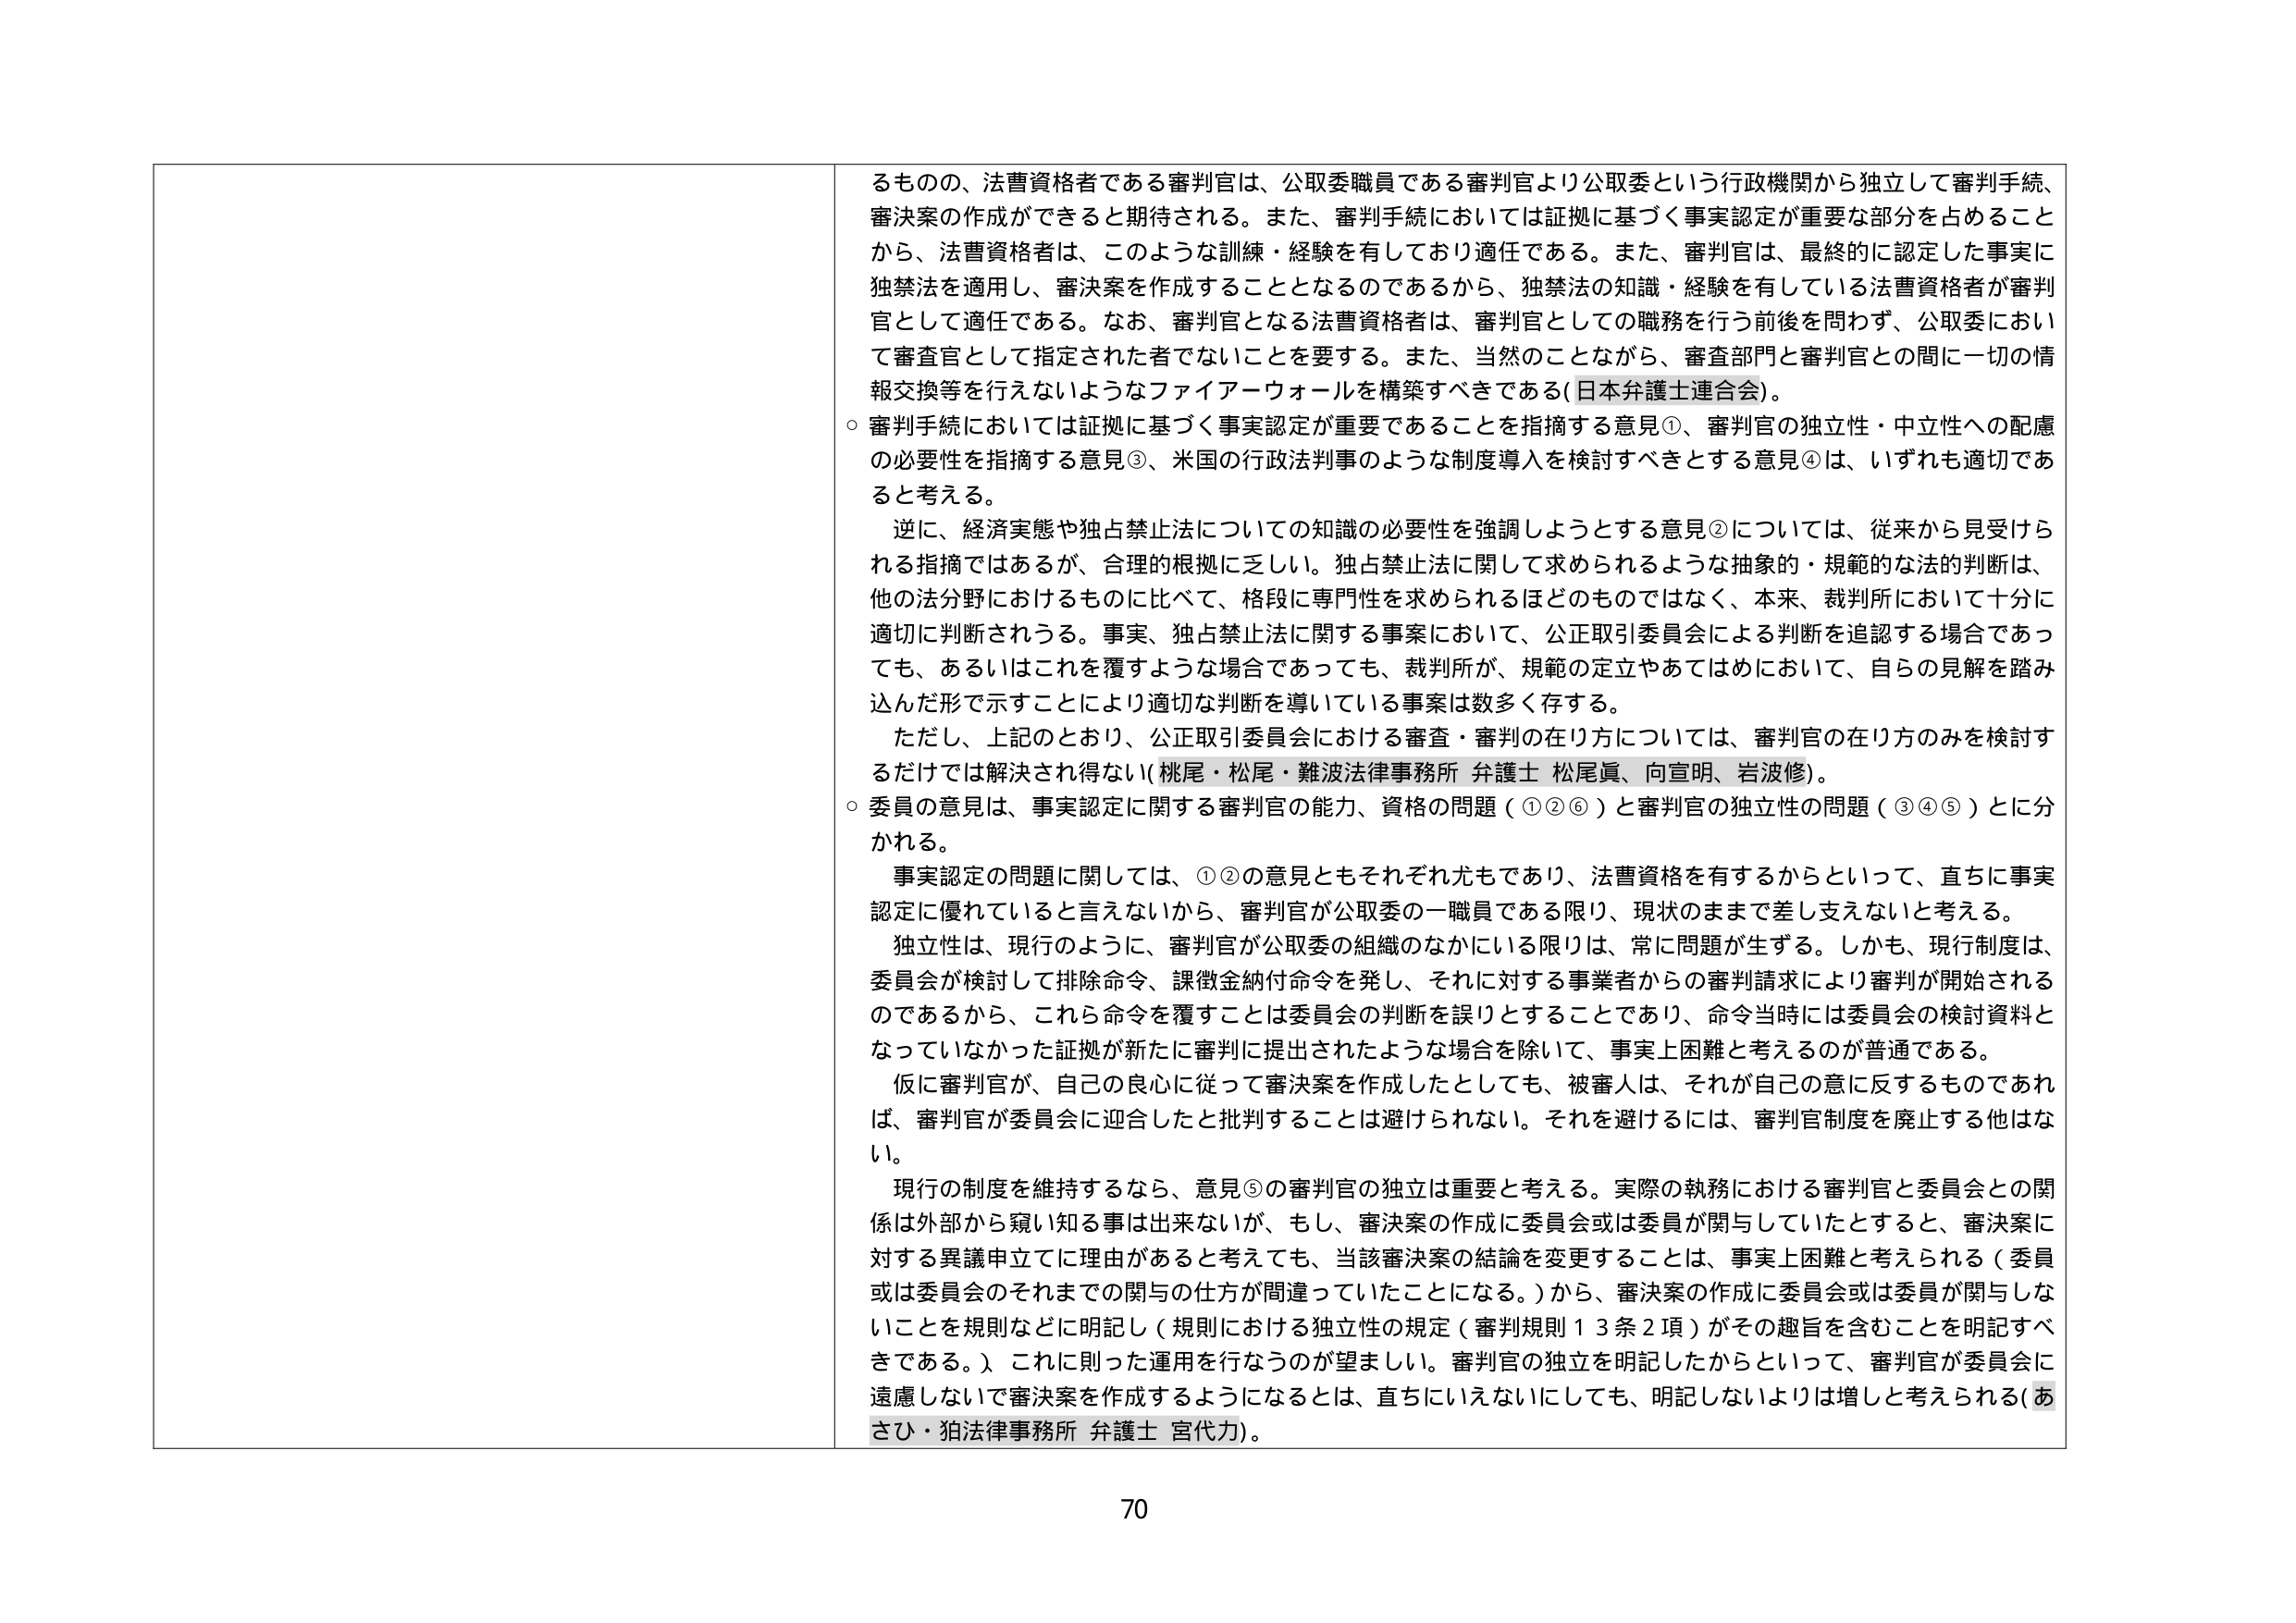
るものの、法曹資格者である審判官は、公取委職員である審判官より公取委という行政機関から独立して審判手続、
審決案の作成ができると期待される。また、審判手続においては証拠に基づく事実認定が重要な部分を占めること
から、法曹資格者は、このような訓練・経験を有しており適任である。また、審判官は、最終的に認定した事実に
独禁法を適用し、審決案を作成することとなるのであるから、独禁法の知識・経験を有している法曹資格者が審判
官として適任である。なお、審判官となる法曹資格者は、審判官としての職務を行う前後を問わず、公取委におい
て審査官として指定された者でないことを要する。また、当然のことながら、審査部門と審判官との間に一切の情
報交換等を行えないようなファイアーウォールを構築すべきである（日本弁護士連合会）。
○ 審判手続においては証拠に基づく事実認定が重要であることを指摘する意見①、審判官の独立性・中立性への配慮
の必要性を指摘する意見③、米国の行政法判事のような制度導入を検討すべきとする意見④は、いずれも適切であ
ると考える。
　逆に、経済実態や独占禁止法についての知識の必要性を強調しようとする意見②については、従来から見受けら
れる指摘ではあるが、合理的根拠に乏しい。独占禁止法に関して求められるような抽象的・規範的な法的判断は、
他の法分野におけるものに比べて、格段に専門性を求められるほどのものではなく、本来、裁判所において十分に
適切に判断されうる。事実、独占禁止法に関する事案において、公正取引委員会による判断を追認する場合であっ
ても、あるいはこれを覆すような場合であっても、裁判所が、規範の定立やあてはめにおいて、自らの見解を踏み
込んだ形で示すことにより適切な判断を導いている事案は数多く存する。
　ただし、上記のとおり、公正取引委員会における審査・審判の在り方については、審判官の在り方のみを検討す
るだけでは解決され得ない（桃尾・松尾・難波法律事務所 弁護士 松尾眞、向宣明、岩波修）。
○ 委員の意見は、事実認定に関する審判官の能力、資格の問題（①②⑥）と審判官の独立性の問題（③④⑤）とに分
かれる。
　事実認定の問題に関しては、①②の意見ともそれぞれ尤もであり、法曹資格を有するからといって、直ちに事実
認定に優れていると言えないから、審判官が公取委の一職員である限り、現状のままで差し支えないと考える。
　独立性は、現行のように、審判官が公取委の組織のなかにいる限りは、常に問題が生ずる。しかも、現行制度は、
委員会が検討して排除命令、課徴金納付命令を発し、それに対する事業者からの審判請求により審判が開始される
のであるから、これら命令を覆すことは委員会の判断を誤りとすることであり、命令当時には委員会の検討資料と
なっていなかった証拠が新たに審判に提出されたような場合を除いて、事実上困難と考えるのが普通である。
　仮に審判官が、自己の良心に従って審決案を作成したとしても、被審人は、それが自己の意に反するものであれ
ば、審判官が委員会に迎合したと批判することは避けられない。それを避けるには、審判官制度を廃止する他はな
い。
　現行の制度を維持するなら、意見⑤の審判官の独立は重要と考える。実際の執務における審判官と委員会との関
係は外部から窺い知る事は出来ないが、もし、審決案の作成に委員会或是委員が関与していたとすると、審決案に
対する異議申立てに理由があると考えても、当該審決案の結論を変更することは、事実上困難と考えられる（委員
或是委員会のそれまでの関与の仕方が間違っていたことになる。）から、審決案の作成に委員会或是委員が関与しな
いことを規則などに明記し（規則における独立性の規定（審判規則１３条２項）がその趣旨を含むことを明記すべ
きである。）これに則った運用を行なうのが望ましい。審判官の独立を明記したからといって、審判官が委員会に
遠慮しないで審決案を作成するようになるとは、直ちにいえないにしても、明記しないよりは増しと考えられる（あ
さひ・狛法律事務所 弁護士 宮代力）。
70